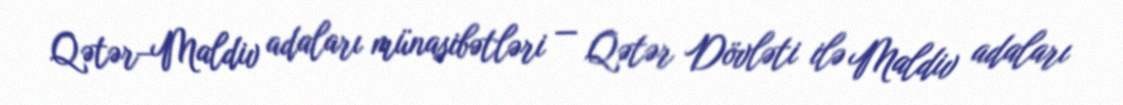
Qətər–Maldiv adaları münasibətləri — Qətər Dövləti ilə Maldiv adaları